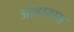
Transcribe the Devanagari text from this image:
ओडावास